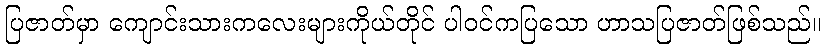
ပြဇာတ်မှာ ကျောင်းသားကလေးများကိုယ်တိုင် ပါဝင်ကပြသော ဟာသပြဇာတ်ဖြစ်သည်။